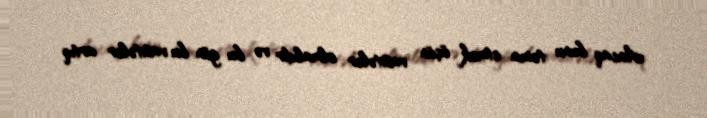
Ancaq bunu təmin etmək üçün vasitələr olmalıdır və bu gün bu vasitələr artıq